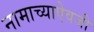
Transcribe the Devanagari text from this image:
नामाच्याऐवजी